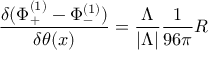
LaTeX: { \frac { \delta ( \Phi _ { + } ^ { ( 1 ) } - \Phi _ { - } ^ { ( 1 ) } ) } { \delta \theta ( x ) } } = { \frac { \Lambda } { | \Lambda | } } { \frac { 1 } { 9 6 \pi } } R